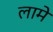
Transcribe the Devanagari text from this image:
लामे